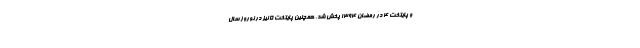
و پایتخت ۴ در رمضان ۱۳۹۴ پخش شد. همچنین پایتخت ۵ نیز در نوروز سال